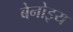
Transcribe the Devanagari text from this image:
बेनोइय